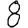
Digit: 8